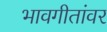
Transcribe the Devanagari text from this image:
भावगीतांवर